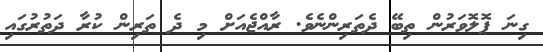
ގިނަ ޕޮލޮވަރުން ތިބޭ ދެތަރިންނެވެ. ރާއްޖެއަށް މި ދެ ތަރިން ކުރާ ދަތުރުގައި